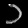
Digit: ၁